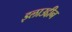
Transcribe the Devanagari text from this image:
इलाउद्दीन